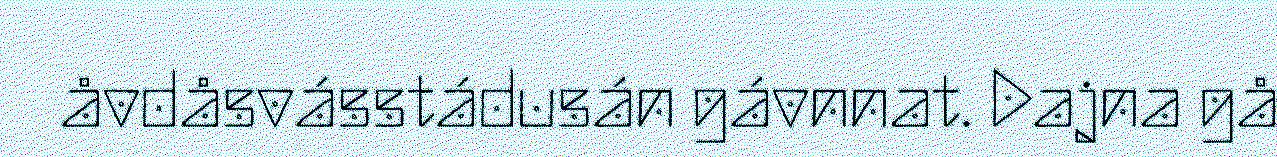
åvdåsvásstádusán gávnnat. Dajna gå